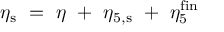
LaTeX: \eta _ { \mathrm { \footnotesize { s } } } ~ = ~ \eta ~ + ~ \eta _ { 5 , \mathrm { \footnotesize { s } } } { } ~ + ~ \eta _ { 5 } ^ { \mathrm { \footnotesize { f i n } } }